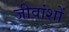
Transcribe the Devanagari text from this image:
जीवांशों